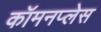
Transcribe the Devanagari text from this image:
कॉमनप्लेस